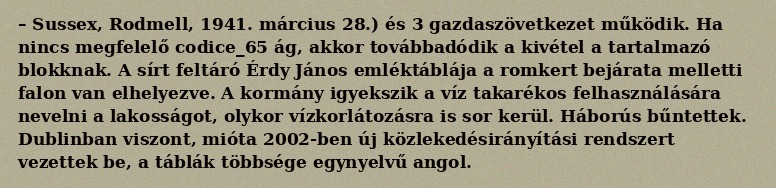
– Sussex, Rodmell, 1941. március 28.) és 3 gazdaszövetkezet működik. Ha nincs megfelelő codice_65 ág, akkor továbbadódik a kivétel a tartalmazó blokknak. A sírt feltáró Érdy János emléktáblája a romkert bejárata melletti falon van elhelyezve. A kormány igyekszik a víz takarékos felhasználására nevelni a lakosságot, olykor vízkorlátozásra is sor kerül. Háborús bűntettek. Dublinban viszont, mióta 2002-ben új közlekedésirányítási rendszert vezettek be, a táblák többsége egynyelvű angol.